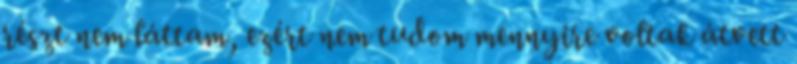
részt nem láttam, ezért nem tudom mennyire voltak átvett